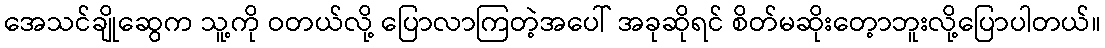
အေသင်ချိုဆွေက သူ့ကို ဝတယ်လို့ ပြောလာကြတဲ့အပေါ် အခုဆိုရင် စိတ်မဆိုးတေ့ာဘူးလို့ပြောပါတယ်။